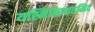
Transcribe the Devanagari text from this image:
यस्मिन्स्थितमिदं